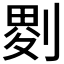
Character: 𠞅